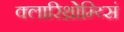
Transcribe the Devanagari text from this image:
क्लारिथ्रोम्य्सिं